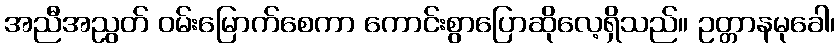
အညီအညွတ် ဝမ်းမြောက်စေကာ ကောင်းစွာပြောဆိုလေ့ရှိသည်။ ဥတ္တာနမုခေါ၊